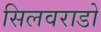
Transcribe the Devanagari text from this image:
सिलवराडो